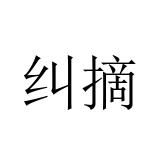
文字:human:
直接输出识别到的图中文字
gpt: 纠摘